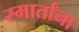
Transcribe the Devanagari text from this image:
स्मार्तांना